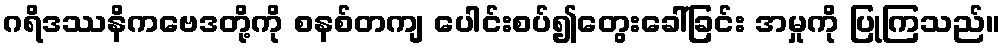
ဂရိဒဿနိကဗေဒတို့ကို စနစ်တကျ ပေါင်းစပ်၍တွေးခေါ်ခြင်း အမှုကို ပြုကြသည်။